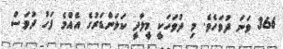
366 ވަނަ ދުވަހެވެ. މި ދުވަހަކީ މީލާދީ ކަލަންޑަރުގެ އެއްމެ ފަހު ދުވަސް